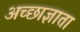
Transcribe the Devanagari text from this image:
अच्छाज्ञाता